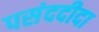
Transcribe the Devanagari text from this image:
पसंददीदा